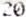
20